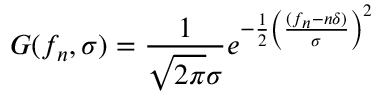
G ( f _ { n } , \sigma ) = \frac { 1 } { \sqrt { 2 \pi } \sigma } e ^ { { - \frac { 1 } { 2 } \left( \frac { ( f _ { n } - n \delta ) } { \sigma } \right) ^ { 2 } } }